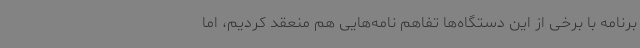
برنامه با برخی از این دستگاه‌ها تفاهم نامه‌هایی هم منعقد کردیم، اما